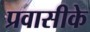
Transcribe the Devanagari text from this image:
प्रवासीके